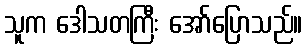
သူက ဒေါသတကြီး အော်ပြောသည်။